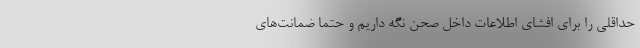
حداقلی را برای افشای اطلاعات داخل صحن نگه داریم و حتما ضمانت‌های